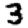
Digit: 3